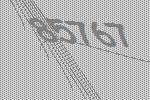
85767